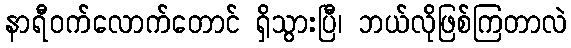
နာရီဝက်လောက်တောင် ရှိသွားပြီ၊ ဘယ်လိုဖြစ်ကြတာလဲ